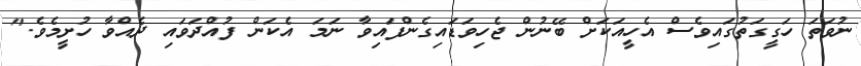
ނުވަތަ ހަގީގަތުގައިވެސް އެހީއަކަށް ބޭނުން ޖެހިވަޑައިގެންފައިވާ ނަމަ އެކަން ފުއްދަވައި ދެއްވާ ހުށީމެވެ."